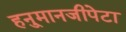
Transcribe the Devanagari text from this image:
हनु्मानजीपेटा